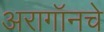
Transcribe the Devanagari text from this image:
अरागॉनचे